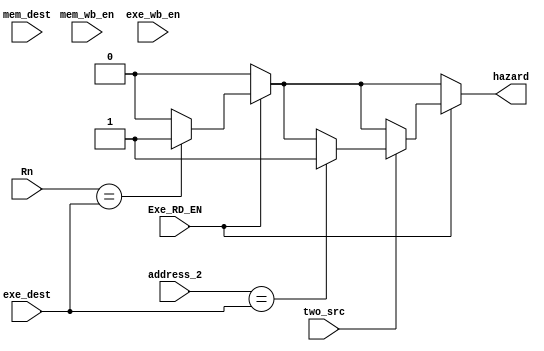
module Hazard(input [3 : 0] Rn, address_2, mem_dest, exe_dest, input two_src, mem_wb_en, exe_wb_en, output reg  hazard,input Exe_RD_EN);

	always @(*) begin
		hazard = 1'b0;
		if(Exe_RD_EN==1 ) begin
			if(Rn == exe_dest)
				hazard = 1'b1;
		end
		if(Exe_RD_EN==1)begin
			if(two_src==1 )begin
				if(address_2 == exe_dest)
					hazard = 1'b1;
			end
		end
	end
endmodule